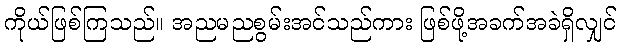
ကိုယ်ဖြစ်ကြသည်။ အညမညစွမ်းအင်သည်ကား ဖြစ်ဖို့အခက်အခဲရှိလျှင်